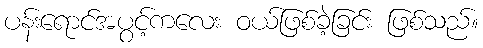
ပန်းရောင်အပွင့်ကလေး ဝယ်ဖြစ်ခဲ့ခြင်း ဖြစ်သည်။